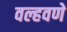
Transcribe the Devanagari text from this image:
वल्हवणे